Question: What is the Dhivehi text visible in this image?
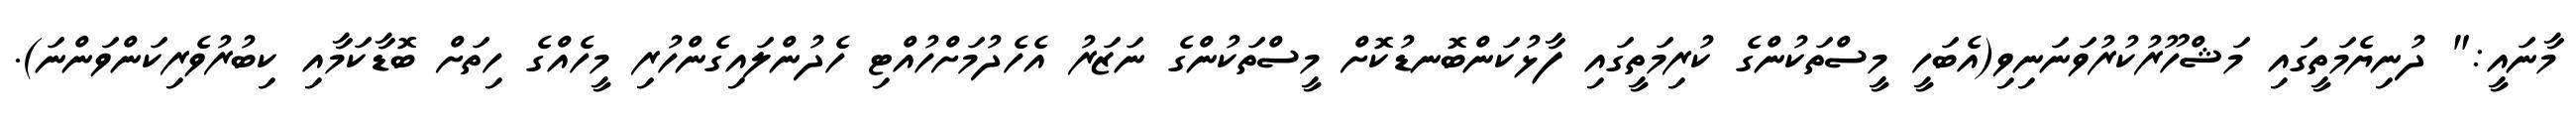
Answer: މާނައީ:" ދުނިޔެމަތީގައި މަޝްހޫރުކުރުވަނަނިވި(އެބަހީ މީސްތަކުންގެ ކުރިމަތީގައި ފާޅުކަންބޮނޑުކޮށް މީސްތަކުންގެ ނަޒަރު އެހެދުމަށްހުއްޓި ހެދުންލައިގެންހުރި މީހެއްގެ ހިތަށް ބޮޑާކަމާއި ކިބުރުވެރިކަންވަންނަ).